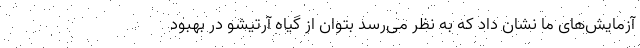
آزمایش‌های ما نشان داد که به نظر می‌رسد بتوان از گیاه آرتیشو در بهبود